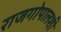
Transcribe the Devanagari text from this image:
राजगोपालशी